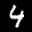
Label: 4